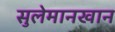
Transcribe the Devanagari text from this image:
सुलेमानखान